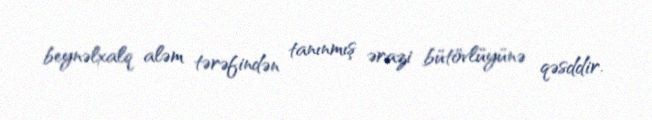
beynəlxalq aləm tərəfindən tanınmış ərazi bütövlüyünə qəsddir.